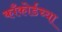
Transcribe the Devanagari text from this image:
काँकोर्डच्या